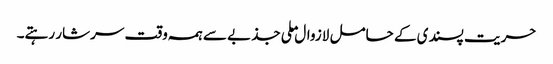
حریت پسندی کے حامل لازوال ملی جذبے سے ہمہ وقت سرشار رہتے۔